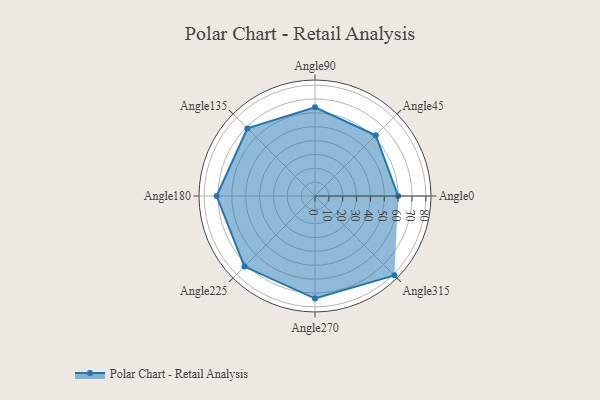
{"axis": {"x": "Angle", "y": "Radius"}, "legend": [""], "data": [{"x": "Angle0", "y": 60.0, "type": ""}, {"x": "Angle45", "y": 62.0, "type": ""}, {"x": "Angle90", "y": 64.0, "type": ""}, {"x": "Angle135", "y": 69.0, "type": ""}, {"x": "Angle180", "y": 71.0, "type": ""}, {"x": "Angle225", "y": 72.0, "type": ""}, {"x": "Angle270", "y": 74.0, "type": ""}, {"x": "Angle315", "y": 81.0, "type": ""}]}